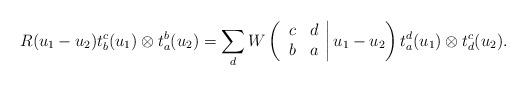
LaTeX: \begin{align*}R(u_1 -u_2 ) t^{c}_{b}(u_1 )\otimes t^{b}_{a}(u_2 )=\sum_{d} W\left( \left. \begin{array}{cc} c & d \\ b & a \end{array} \right| u_1 -u_2 \right) t^{d}_{a}(u_1 )\otimes t^{c}_{d}(u_2 ). \end{align*}